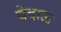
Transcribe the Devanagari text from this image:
बेदाऊ